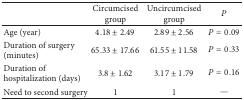
<table><thead><tr><td><b> </b></td><td><b>Circumcised group</b></td><td><b>Uncircumcised group </b></td><td><b><i>P</i></b></td></tr></thead><tbody><tr><td>Age (year)</td><td>4.18 ± 2.49</td><td>2.89 ± 2.56</td><td><i>P</i> = 0.09</td></tr><tr><td>Duration of surgery (minutes)</td><td>65.33 ± 17.66</td><td>61.55 ± 11.58</td><td><i>P</i> = 0.33</td></tr><tr><td>Duration of hospitalization (days)</td><td>3.8 ± 1.62</td><td>3.17 ± 1.79</td><td><i>P</i> = 0.16</td></tr><tr><td>Need to second surgery</td><td>1</td><td>1</td><td>—</td></tr></tbody></table>